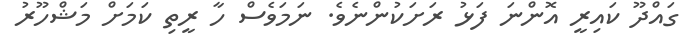
ގައްދޫ ކައިރީ އޮންނަ ފަޅު ރަށަކުންނެވެ. ނަމަވެސް ހާ ރީތި ކަމަށް މަޝްހޫރު